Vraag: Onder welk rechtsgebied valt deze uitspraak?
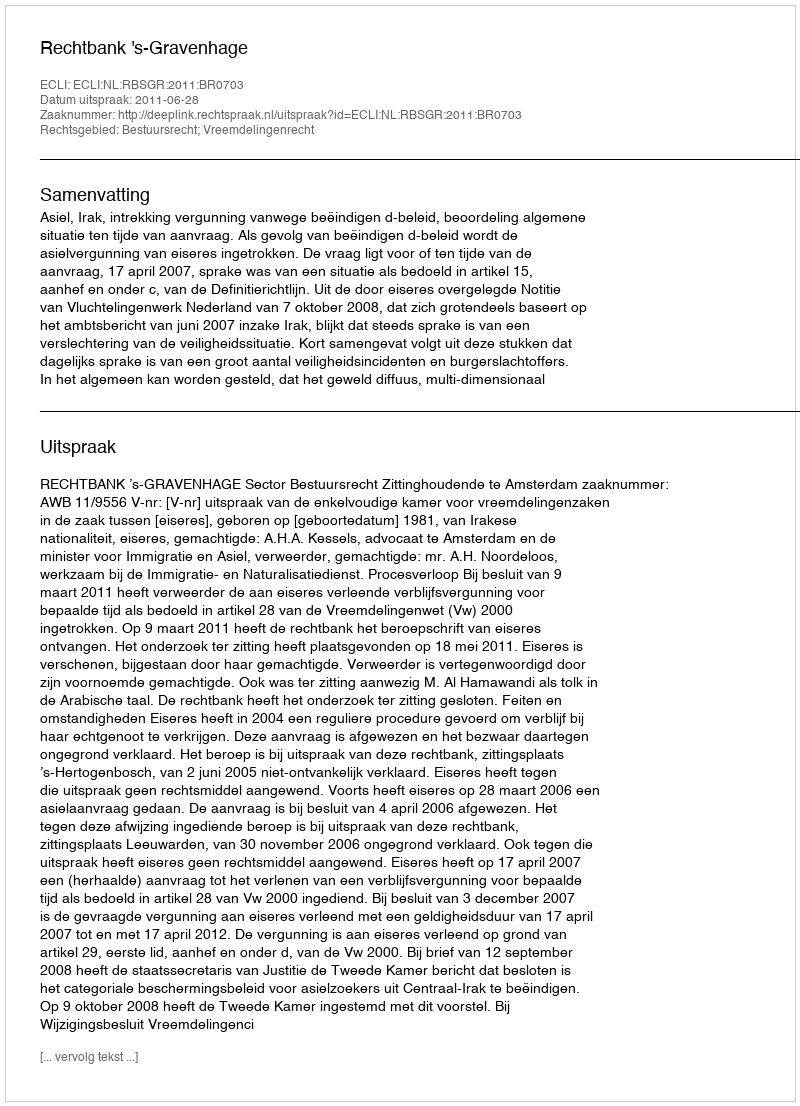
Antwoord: Bestuursrecht; Vreemdelingenrecht